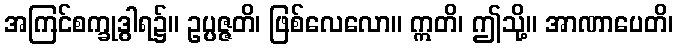
အကြင်စက္ခုဒွါရ၌။ ဥပ္ပဇ္ဇတိ၊ ဖြစ်လေလော။ ဣတိ၊ ဤသို့။ အာဏာပေတိ၊